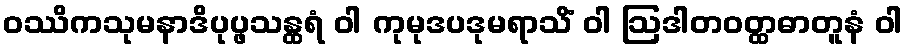
ဝဿိကသုမနာဒိပုပ္ဖသန္ထရံ ဝါ ကုမုဒပဒုမရာသိံ ဝါ ဩဒါတဝတ္ထဓာတူနံ ဝါ